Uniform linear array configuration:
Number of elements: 64
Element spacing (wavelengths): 0.75
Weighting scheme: kaiser
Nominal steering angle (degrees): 15
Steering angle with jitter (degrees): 14.23
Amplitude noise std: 0.05
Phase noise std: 0.05

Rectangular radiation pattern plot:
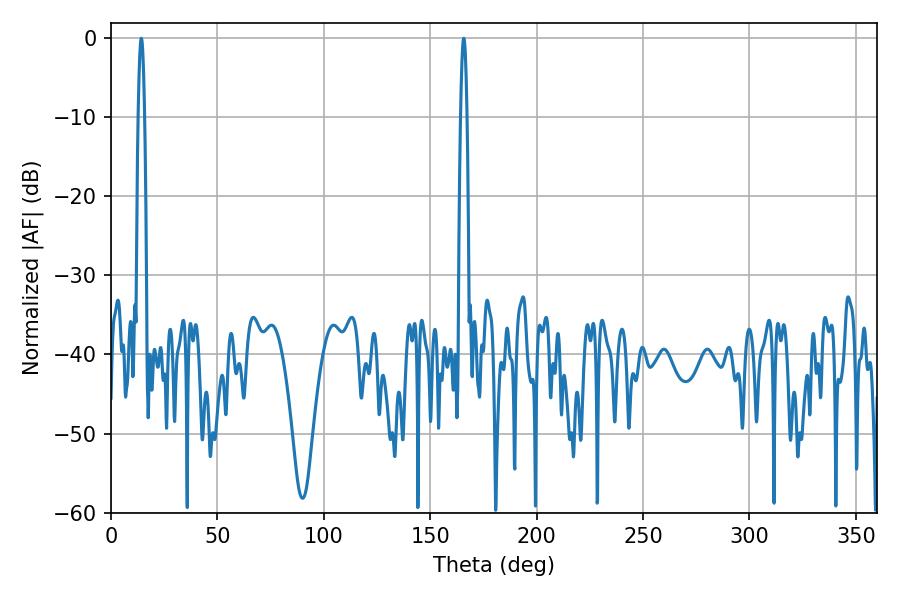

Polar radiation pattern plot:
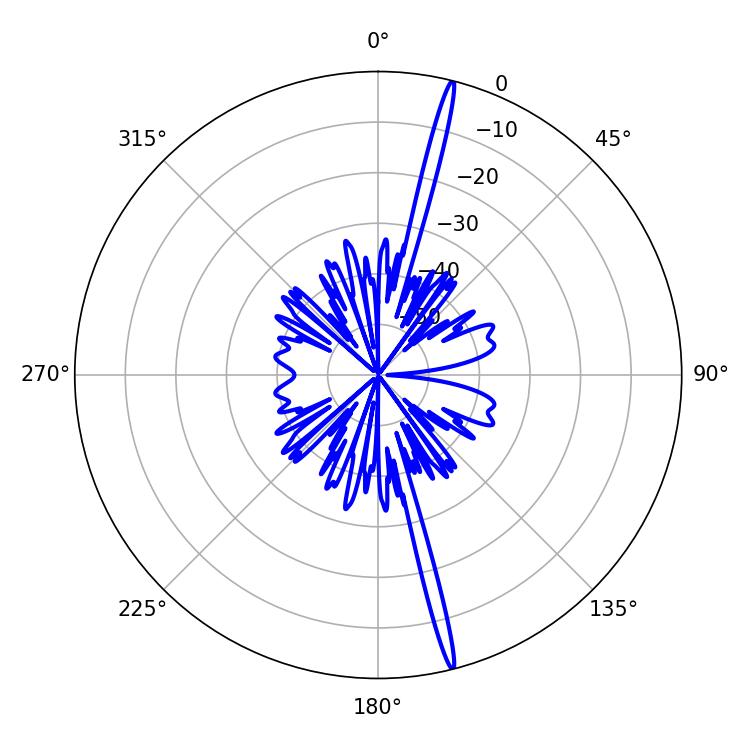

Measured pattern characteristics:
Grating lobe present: TRUE
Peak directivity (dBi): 21.032
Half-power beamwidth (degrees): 1.62
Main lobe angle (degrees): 14.22